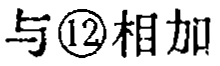
与\textcircled{12}相加